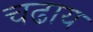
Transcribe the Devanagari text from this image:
चढाय